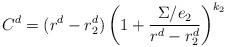
LaTeX: \begin{align*}C^{d}=(r^{d}-r_{2}^{d})\left(1+{\Sigma/e_{2}\over r^{d}-r_{2}^{d}}\right)^{k_{2}} \end{align*}